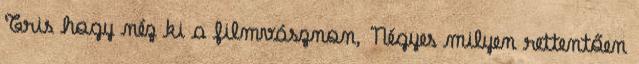
Tris hogy néz ki a filmvásznon, Négyes milyen rettentően